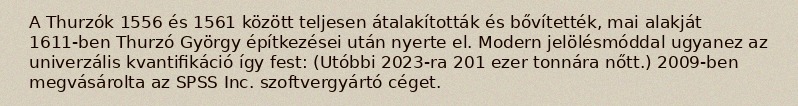
A Thurzók 1556 és 1561 között teljesen átalakították és bővítették, mai alakját 1611-ben Thurzó György építkezései után nyerte el. Modern jelölésmóddal ugyanez az univerzális kvantifikáció így fest: (Utóbbi 2023-ra 201 ezer tonnára nőtt.) 2009-ben megvásárolta az SPSS Inc. szoftvergyártó céget.